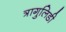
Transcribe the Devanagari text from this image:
त्रागुलिडी